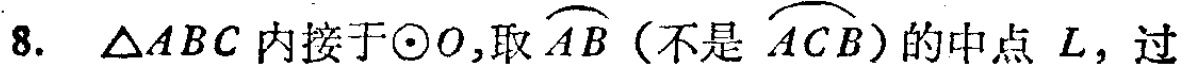
8. $\triangle ABC$ 内接于$\odot O$,取$\overset{\frown}{AB}$（不是$\overset{\frown}{ACB}$）的中点$L$,过